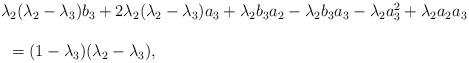
LaTeX: \begin{align*}\begin{array}{lll} && \lambda_2(\lambda_2-\lambda_3)b_3+2\lambda_2(\lambda_2-\lambda_3)a_3+\lambda_2b_3a_2-\lambda_2b_3a_3-\lambda_2a_3^2+\lambda_2a_2a_3\ \\\\&&\ \ =(1-\lambda_3)(\lambda_2-\lambda_3),\end{array}\end{align*}